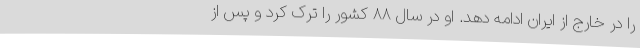
را در خارج از ایران ادامه دهد. او در سال ۸۸ کشور را ترک کرد و پس از